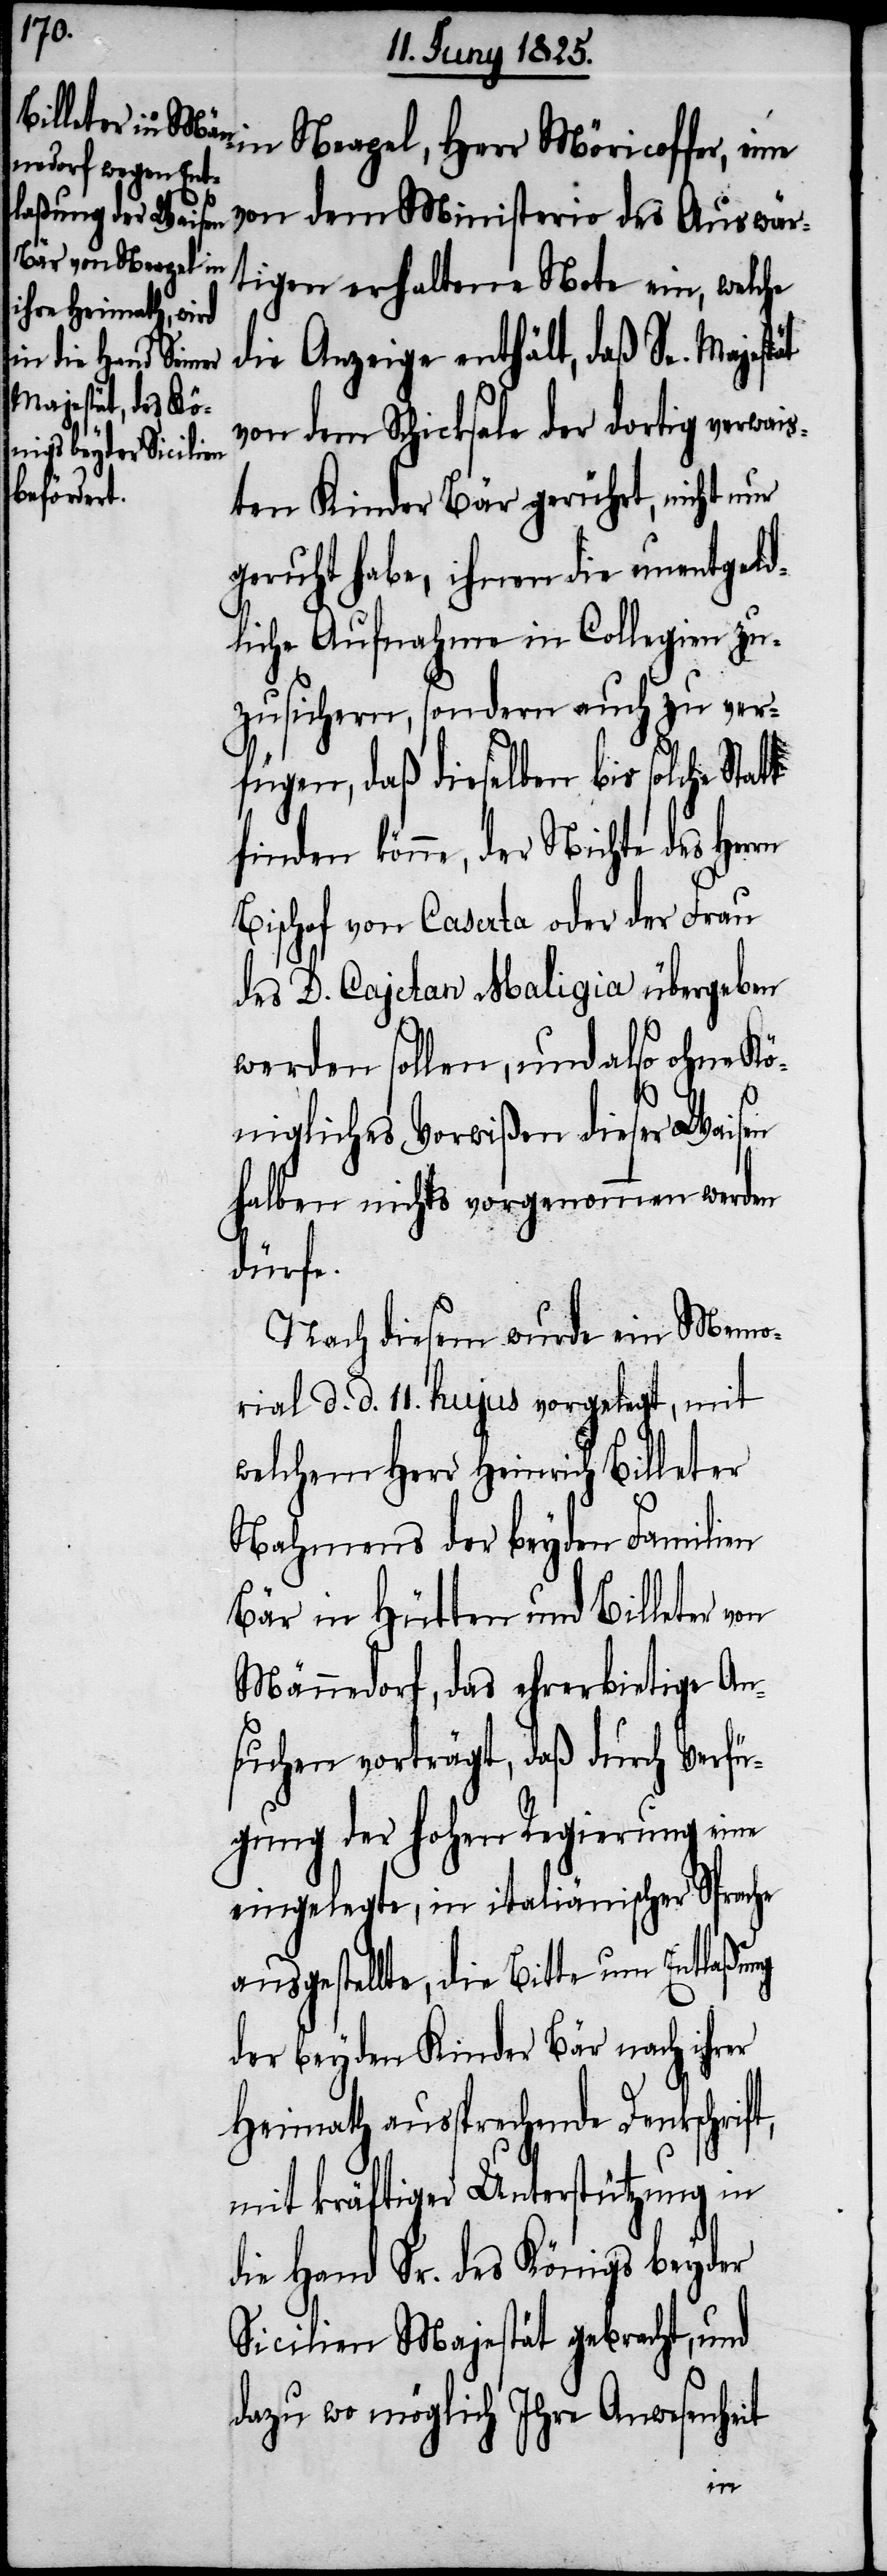
in Neapel, Herr Möricoffer, eine
von dem Ministerio des Auswär¬
tigen erhaltene Note ein, welche
die Anzeige enthält, daß Se. Majestät
von dem Schicksale der dortig verwais¬
ten Kinder Bär gerührt, nicht nur
geruht habe, ihnen die unentgeld¬
liche Aufnahme in Collegien zu¬
zusichern, sondern auch zu ver¬
fügen, daß dieselben bis solche Sta¬
finden könne, der Nichte des Herrn
Bischof von Caserta oder der Frau
des D. Cajetan Maligia übergeben
werden sollen, und also ohne Kö¬
nigliches Vorwißen dieser Waisen
halben nichts vorgenommen werden
dürfe.
Nach diesem wurde ein Memo¬
rial d. d. 11. hujus vorgelegt, mit
welchem Herr Heinrich Billeter
Nahmens der beyden Familien
Bär in Hütten und Billeter von
Männedorf, das ehrerbietige An¬
suchen vorträgt, daß durch Verfü¬
gung der hohen Regierung eine
eingelegte, in italiänischer Sprache
ausgestellte, die Bitte um Entlaßung
der beyden Kinder Bär nach ihrer
Heimath aussprechende Denkschrift,
mit kräftiger Unterstützung in
die Hand Sr. des Königs beyder
Sicilien Majestät gebracht, und
dazu wo möglich Ihre Anwesenheit
tt